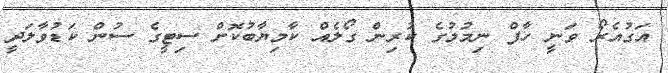
އަގުއެރޯ ވަނީ ހާފް ނިމުމުގެ ކުރިން ގޯލެއް ކާމިޔާބުކޮށް ސިޓީގެ ސުން ކަޑުވާލަދީ